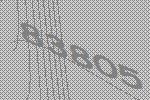
83805